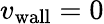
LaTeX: {v_{\mathrm{wall}}}=0